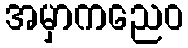
အမှာကညေဝ